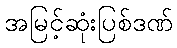
အမြင့်ဆုံးပြစ်ဒဏ်